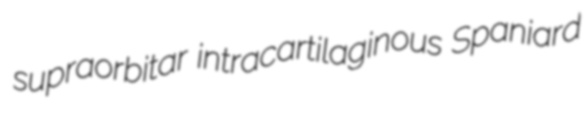
supraorbitar intracartilaginous Spaniard